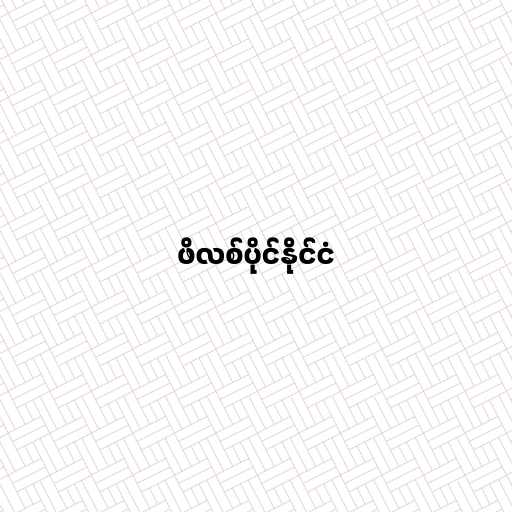
ဖိလစ်ပိုင်နိုင်ငံ